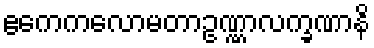
ဧကေကလောမတာဥဏ္ဏာလက္ခဏာနိ